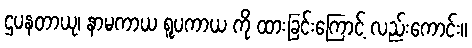
ဌပနတာယု၊ နာမကာယ ရူပကာယ ကို ထားခြင်းကြောင့် လည်းကောင်း။